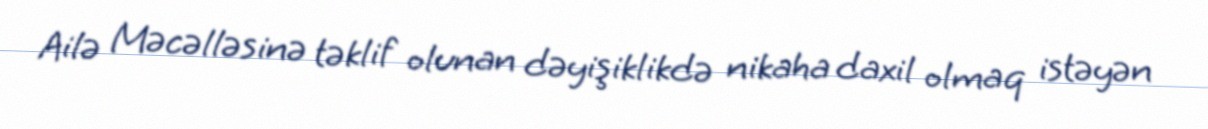
Ailə Məcəlləsinə təklif olunan dəyişiklikdə nikaha daxil olmaq istəyən